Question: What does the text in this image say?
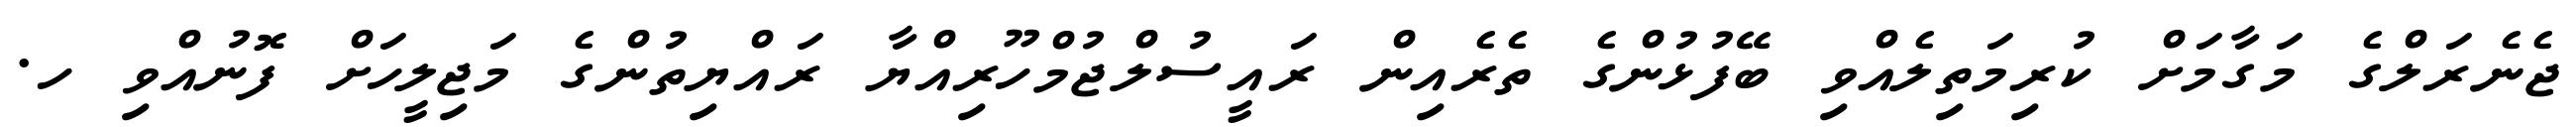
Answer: ޖެނެރަލްގެ މަގާމަށް ކުރިމަތިލެއްވި ބޭފުޅުންގެ ތެރެއިން ރައީސުލްޖުމްހޫރިއްޔާ ރައްޔިތުންގެ މަޖިލީހަށް ފޮނުއްވި ހ.